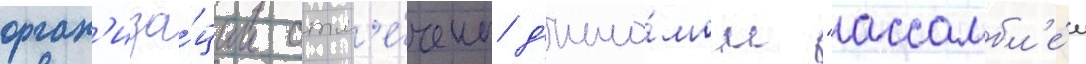
орган'иза́ции отм'е́чены д'ипло́мом "ассамбл'е́и